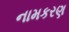
નામકરણ